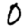
Digit: 0